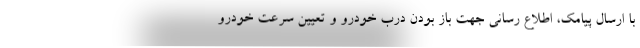
با ارسال پیامک، اطلاع رسانی جهت باز بودن درب خودرو و تعیین سرعت خودرو